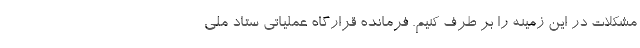
مشکلات در این زمینه را بر طرف کنیم. فرمانده قرارگاه عملیاتی ستاد ملی